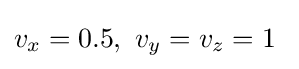
v_{x}=0.5,\ v_{y}=v_{z}=1\